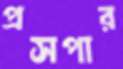
প্রসপার